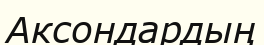
Аксондардың